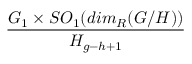
\frac { G _ { 1 } \times S O _ { 1 } ( d i m _ { R } ( G / H ) ) } { H _ { g - h + 1 } }